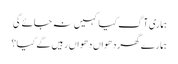
ہماری آگ کیا کہیں نہ جائے گی
ہمارے گھر دھواں دھواں رہیں گے کیا؟